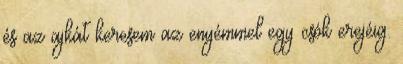
és az ajkát keresem az enyémmel egy csók erejéig.